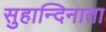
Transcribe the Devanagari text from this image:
सुहान्दिनाता